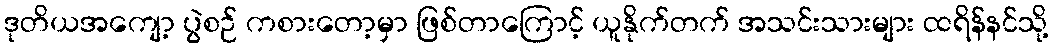
ဒုတိယအကျော့ ပွဲစဉ် ကစားတော့မှာ ဖြစ်တာကြောင့် ယူနိုက်တက် အသင်းသားများ ထရိန်နင်သို့